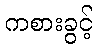
ကစားခွင့်